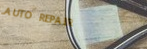
AUTO REPAIR